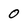
Character: 0